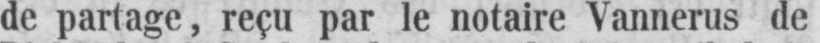
de partage, reçu par le notaire Vannerus de